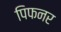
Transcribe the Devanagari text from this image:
पिफनर